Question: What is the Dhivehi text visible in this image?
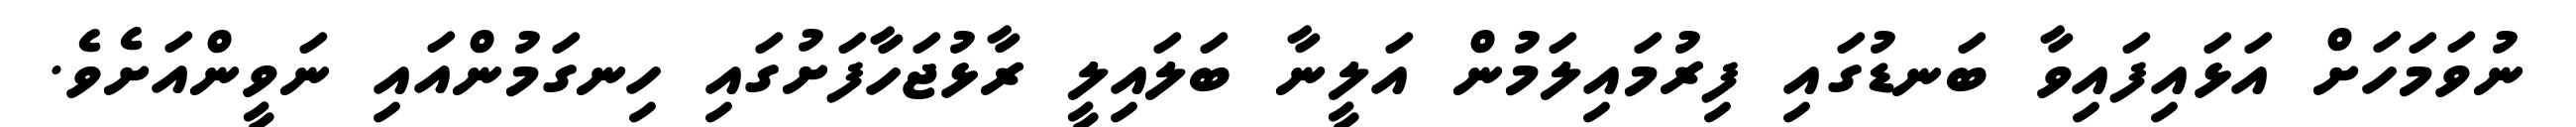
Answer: ނުވަމަހަށް އަޅައިފައިވާ ބަނޑުގައި ފިރުމައިލަމުން އަލީނާ ބަލައިލީ ރާޅުޖަހާފަށުގައި ހިނގަމުންއައި ނަވީންއަށެވެ.